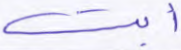
أبت